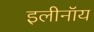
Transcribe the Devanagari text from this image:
इलीनॉय